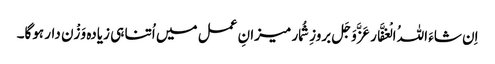
اِن شاءَ اللہُ الْغفَّار عَزَّوَجَل بروزِ شُمار میزانِ عمل میں اُتنا ہی زیادہ وَزْن دار ہوگا۔